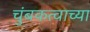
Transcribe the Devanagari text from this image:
चुंबकत्वाच्या